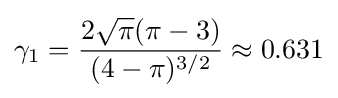
\gamma _{1}={\frac {2{\sqrt {\pi }}(\pi -3)}{(4-\pi )^{3/2}}}\approx 0.631